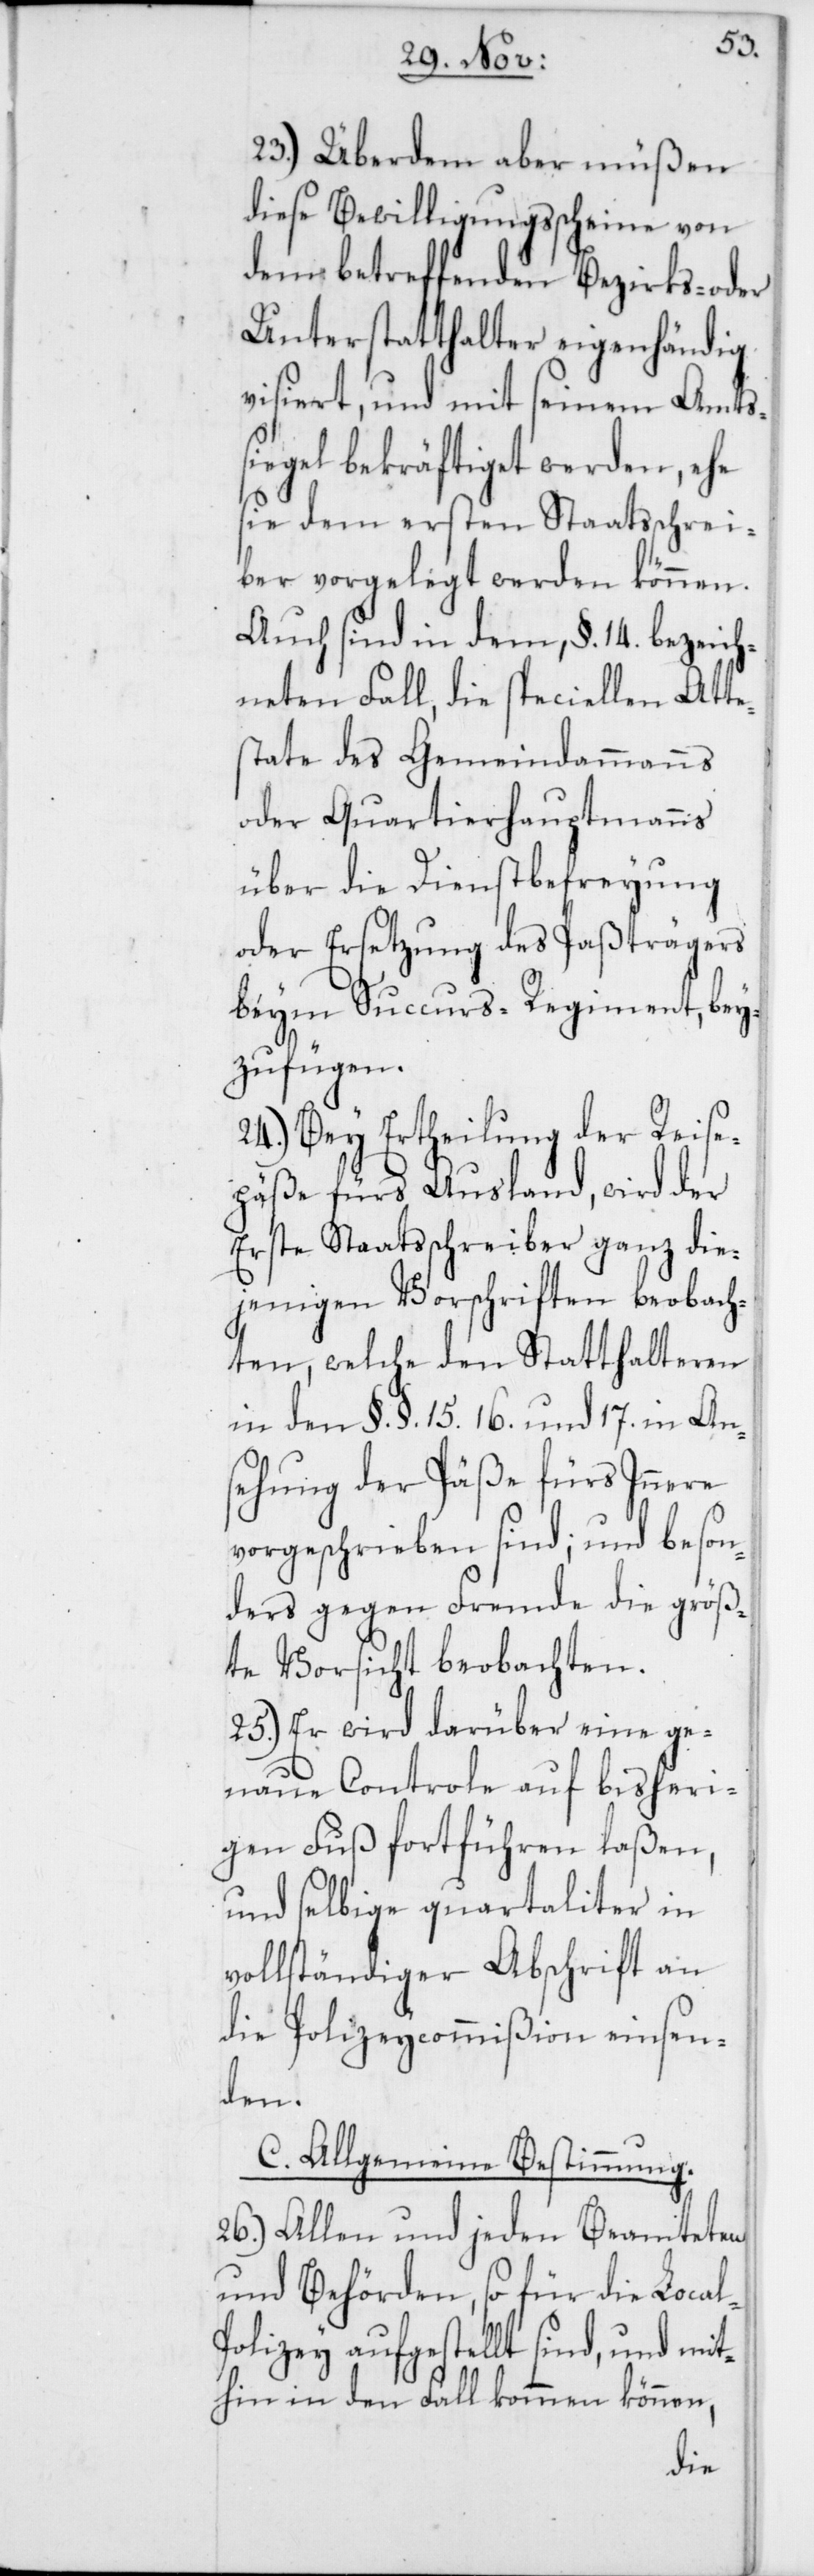
23.) Überdem aber müßen
diese Bewilligungsscheine von
dem betreffenden Bezirks- oder
Unterstatthalter eigenhändig
visiert, und mit seinem Amts¬
siegel bekräftiget werden, ehe
sie dem ersten Staatsschrei¬
ber vorgelegt werden können.
Auch sind in dem, §. 14. bezeich¬
neten Fall, die speciellen Atte¬
state des Gemeindammanns
oder Quartierhauptmanns
über die Dienstbefreyung
oder Ersetzung des Paßträgers
beym Succurs-Regiment, bey¬
zufügen.
24.) Bey Ertheilung der Reise¬
päße fürs Ausland, wird der
erste Staatsschreiber ganz die¬
jenigen Vorschriften beobach¬
ten, welche den Statthalteren
in den §.§. 15. 16. und 17. in An¬
sehung der Päße fürs Innere
vorgeschrieben sind; und beson¬
ders gegen Fremde die größ¬
te Vorsicht beobachten.
25.) Er wird darüber eine ge¬
naue Contrôle auf bisheri¬
gen Fuß fortführen laßen,
und selbige quartaliter in
vollständiger Abschrift an
die Polizeycommißion einsen¬
l-P¬
C. Allgemeine Bestimmung.
26.) Allen und jeden Beamteten
und Behörden, so für die Loca¬
olizey aufgestellt sind, und mit¬
hin in den Fall kommen können,